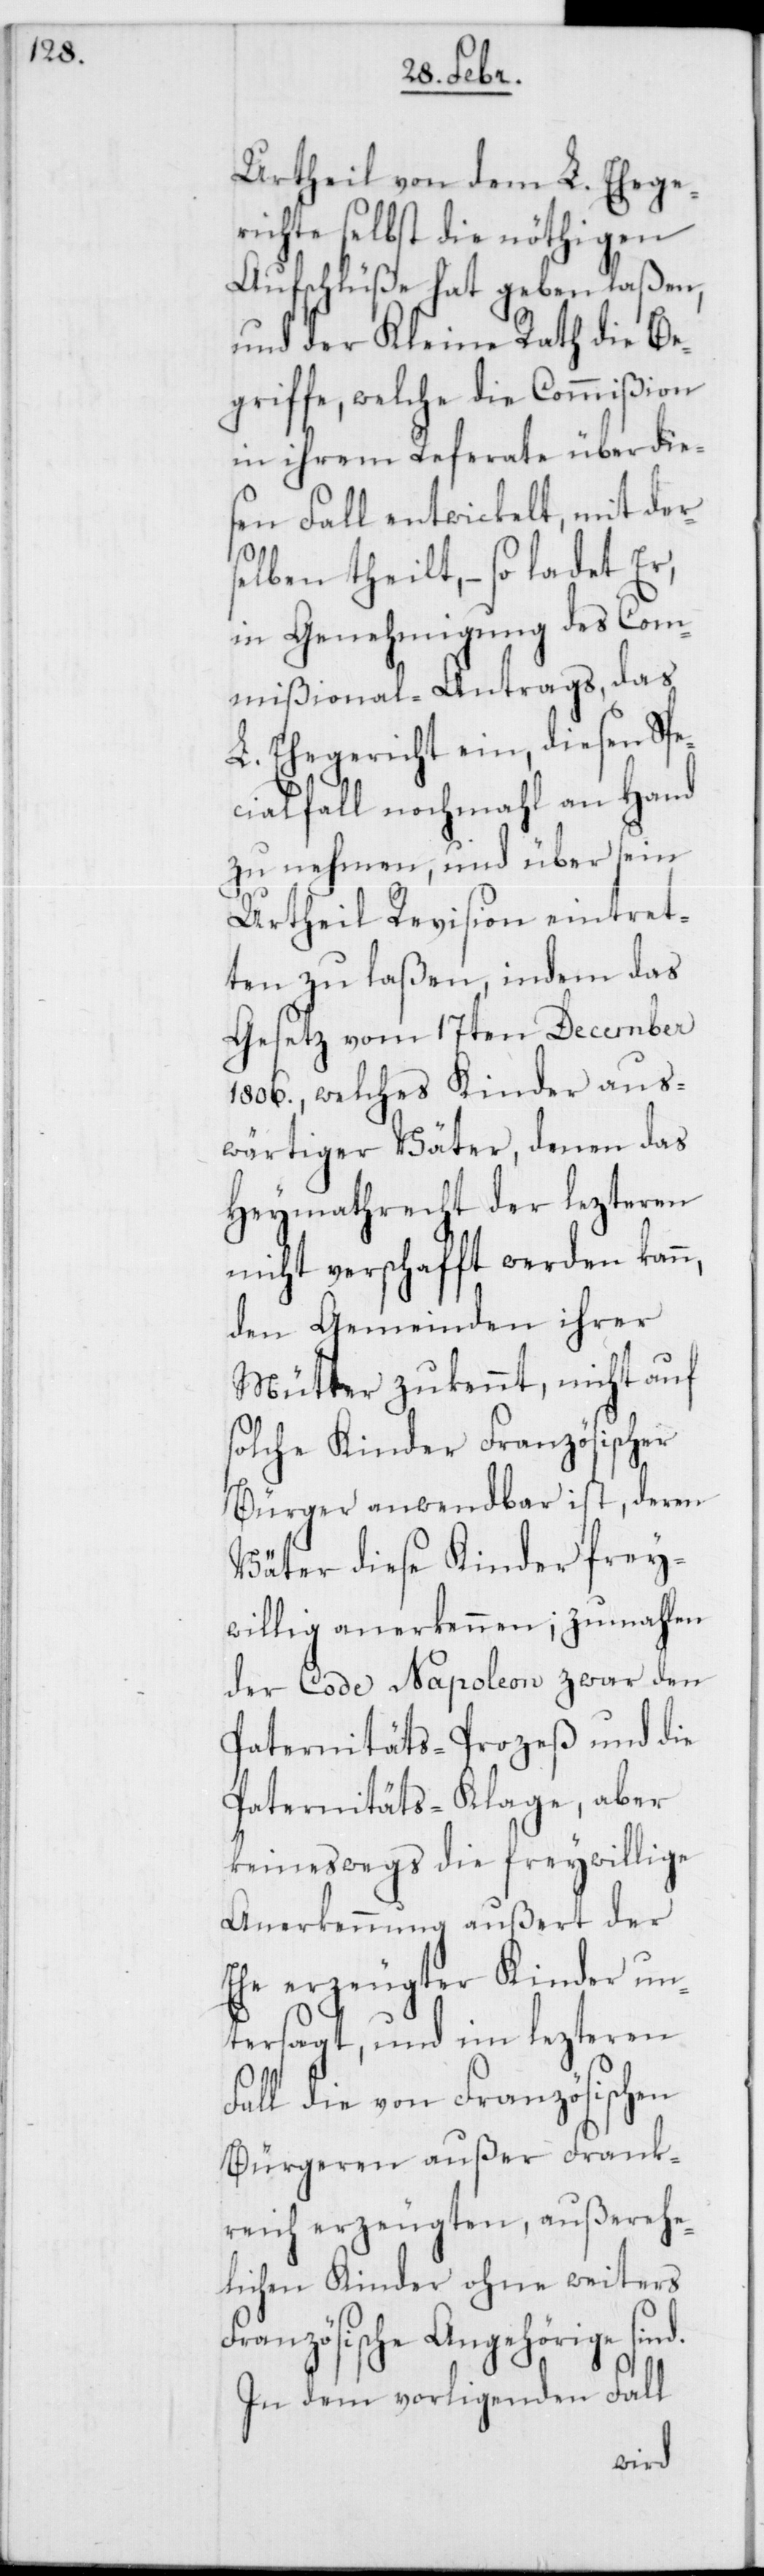
Urtheil von dem L. Ehege¬
richte selbst die nöthigen
Aufschlüße hat geben laßen,
und der Kleine Rath die Be¬
griffe, welche die Commißion
in ihrem Referate über die¬
sen Fall entwickelt, mit der¬
selben theilt, so ladet Er,
in Genehmigung des Com¬
mißional-Antrags, das
L. Ehegericht ein, diesen Spe¬
cialfall nochmahl an Hand
zu nehmen, und über sein
Urtheil Revision eintret¬
ten zu laßen, indem das
Gesetz vom 17ten December
1806., welches Kinder aus¬
wärtiger Väter, denen das
Heymathrecht der lezteren
nicht verschafft werden kann,
den Gemeinden ihrer
Mütter zukennt, nicht auf
solche Kinder Französischer
Bürger anwendbar ist, deren
Väter diese Kinder frey¬
willig anerkennen; zumahlen
der Code Napoleon zwar den
Paternitäts-Prozeß und die
Paternitäts-Klage, aber
keineswegs die freywillige
Anerkennung außert der
Ehe erzeugter Kinder un¬
tersagt, und im lezteren
Fall die von Französischen
Bürgeren außer Frank¬
reich erzeugten, außerehe¬
lichen Kinder ohne weiters
Französische Angehörige sind.
In dem vorligenden Fall